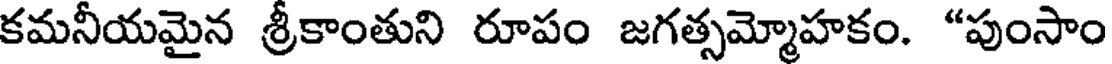
కమనీయమైన శ్రీకాంతుని రూపం జగత్సమ్మోహకం. "పుంసాం